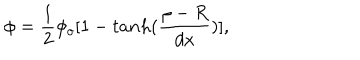
\phi = \frac { 1 } { 2 } \phi _ { o } [ 1 - t a n h ( \frac { \rho - R } { d x } ) ] ,